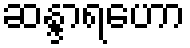
ဆန္ဒာရဟော